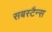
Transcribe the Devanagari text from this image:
सबस्टैन्स